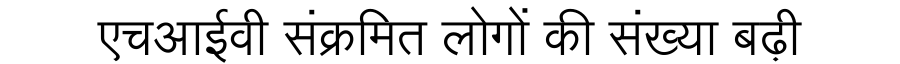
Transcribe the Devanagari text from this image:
एचआईवी संक्रमित लोगों की संख्या बढ़ी